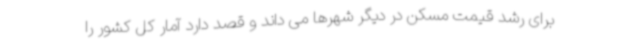
برای رشد قیمت مسکن در دیگر شهرها می داند و قصد دارد آمار کل کشور را